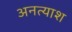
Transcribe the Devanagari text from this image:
अनत्याश